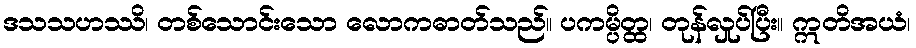
ဒသသဟဿိ၊ တစ်သောင်းသော လောကဓာတ်သည်။ ပကမ္ပိတ္ထ၊ တုန်လှုပ်ပြီး။ ဣတိအယံ၊